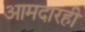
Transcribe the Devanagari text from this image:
आमदारही